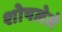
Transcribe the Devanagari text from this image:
शोषलेले